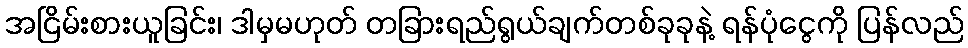
အငြိမ်းစားယူခြင်း၊ ဒါမှမဟုတ် တခြားရည်ရွယ်ချက်တစ်ခုခုနဲ့ ရန်ပုံငွေကို ပြန်လည်